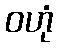
ဝဟုံ